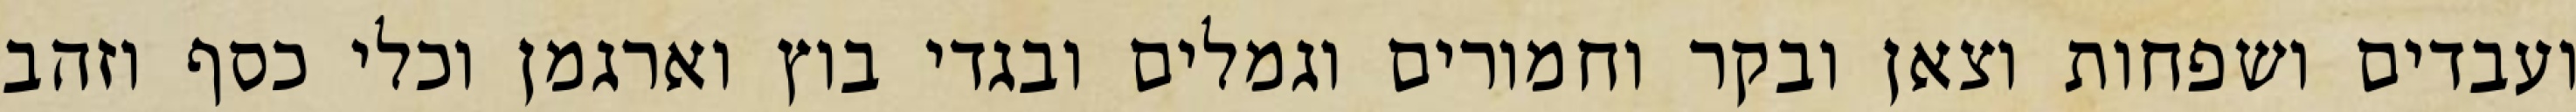
ועבדים ושפחות וצאן ובקר וחמורים וגמלים ובגדי בוץ וארגמן וכלי כסף וזהב